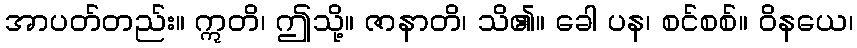
အာပတ်တည်း။ ဣတိ၊ ဤသို့။ ဇာနာတိ၊ သိ၏။ ခေါ ပန၊ စင်စစ်။ ဝိနယေ၊